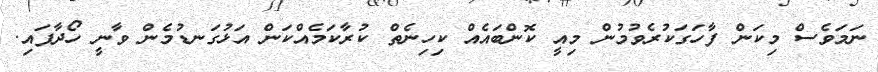
ނަމަވެސް މިކަން ފާހަގަކުރެވުމުން މިއީ ކޮންބައެއް ކިހިނެތް ކުރާކަމެއްކަން އަޅުގަނޑުމެން ވާނީ ހޯދާފައި.